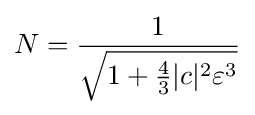
N={\frac {1}{\sqrt {1+{\frac {4}{3}}|c|^{2}\varepsilon ^{3}}}}